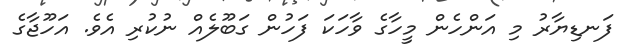
ފަނޑިޔާރު މި އަންހެން މީހާގެ ވާހަކަ ފަހުން ގަބޫލެއް ނުކުރި އެވެ. އަހޫޖާގެ